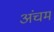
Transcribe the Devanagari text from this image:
अंचम